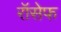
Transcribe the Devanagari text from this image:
रॉसेफ